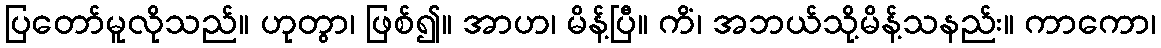
ပြတော်မူလိုသည်။ ဟုတွာ၊ ဖြစ်၍။ အာဟ၊ မိန့်ပြီ။ ကိံ၊ အဘယ်သို့မိန့်သနည်း။ ကာကော၊